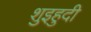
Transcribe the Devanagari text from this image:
शुइहुदी